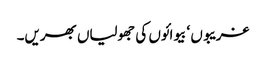
غریبوں ‘ بیوائوں کی جھولیاں بھریں۔